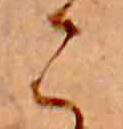
こ